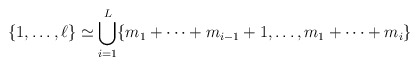
\begin{align*}\{ 1, \ldots, \ell\} \simeq \bigcup_{i=1}^L \{m_1+\cdots + m_{i-1}+1, \ldots, m_1+ \cdots+ m_i\} \end{align*}